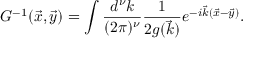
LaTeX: G ^ { - 1 } ( \vec { x } , \vec { y } ) = \int { \frac { d ^ { \nu } k } { ( 2 \pi ) ^ { \nu } } } { \frac { 1 } { { 2 g ( \vec { k } } ) } } e ^ { - i \vec { k } ( \vec { x } - \vec { y } ) } .